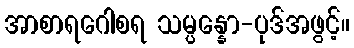
အာစာရဂေါစရ သမ္ပန္နော-ပုဒ်အဖွင့်။